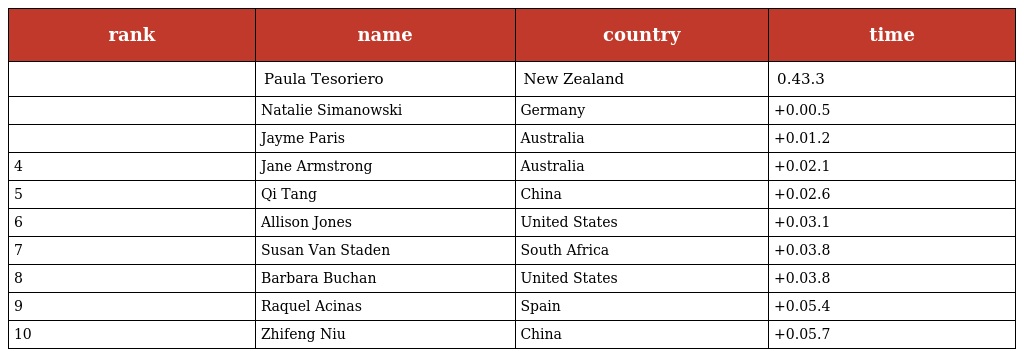
| rank | name | country | time |
 | --- | --- | --- | --- |
 |  | Paula Tesoriero | New Zealand | 0.43.3 |
 |  | Natalie Simanowski | Germany | +0.00.5 |
 |  | Jayme Paris | Australia | +0.01.2 |
 | 4 | Jane Armstrong | Australia | +0.02.1 |
 | 5 | Qi Tang | China | +0.02.6 |
 | 6 | Allison Jones | United States | +0.03.1 |
 | 7 | Susan Van Staden | South Africa | +0.03.8 |
 | 8 | Barbara Buchan | United States | +0.03.8 |
 | 9 | Raquel Acinas | Spain | +0.05.4 |
 | 10 | Zhifeng Niu | China | +0.05.7 |